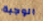
الوجبة